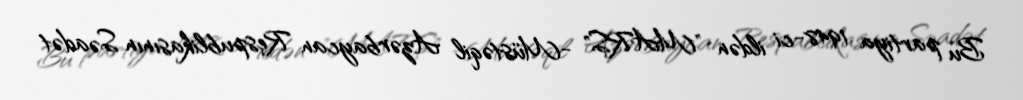
Bu partiya 1948-ci ildən "MARS" -Müstəqil Azərbaycan Respublikasının Səadət